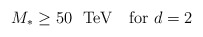
\begin{align*}M_* \geq 50 \ \ \mbox{TeV}\ \ \ \mbox{for $d=2$}\end{align*}